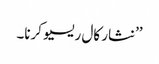
’’نثار کال ریسیو کرنا۔